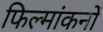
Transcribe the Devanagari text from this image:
फिल्मांकनों